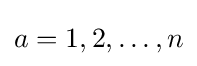
a=1,2,\ldots ,n